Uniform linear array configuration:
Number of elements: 64
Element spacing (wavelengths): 0.25
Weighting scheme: hamming
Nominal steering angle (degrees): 30
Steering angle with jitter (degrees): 29.316
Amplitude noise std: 0.05
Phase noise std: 0.05

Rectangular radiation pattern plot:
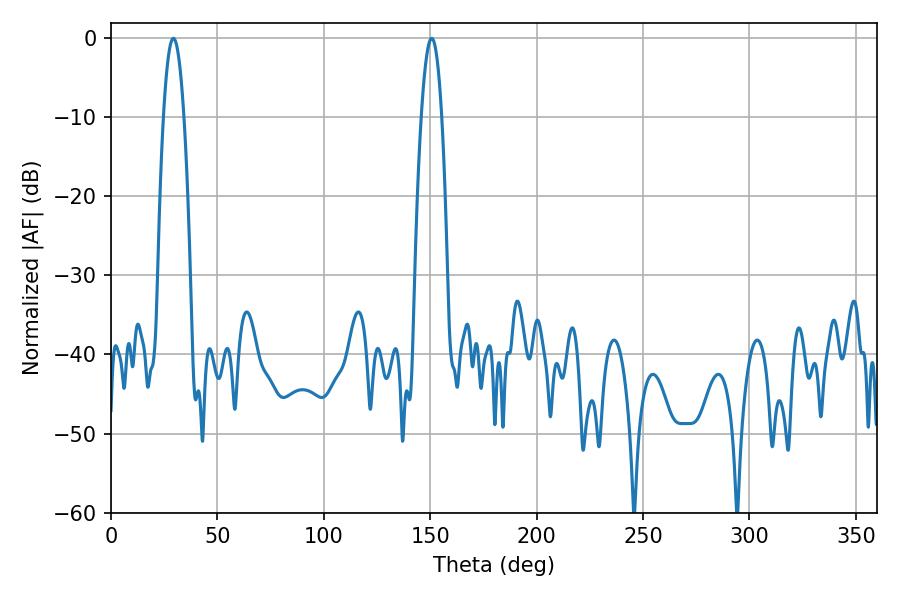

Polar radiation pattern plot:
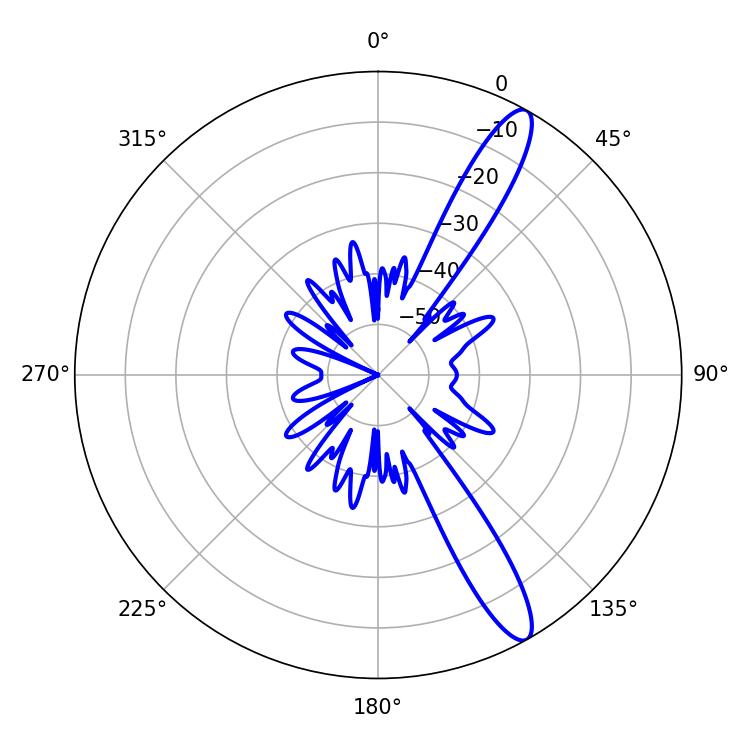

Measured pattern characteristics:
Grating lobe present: FALSE
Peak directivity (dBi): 13.094
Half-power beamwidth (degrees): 5.4
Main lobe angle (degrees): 150.66